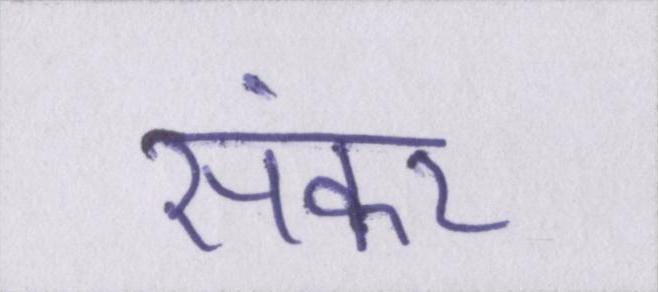
संकर